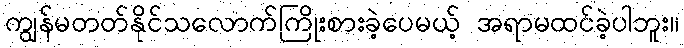
ကျွန်မတတ်နိုင်သလောက်ကြိုးစားခဲ့ပေမယ့် အရာမထင်ခဲ့ပါဘူး။